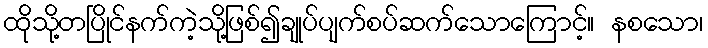
ထိုသို့တပြိုင်နက်ကဲ့သို့ဖြစ်၍ချုပ်ပျက်စပ်ဆက်သောကြောင့်။ နစသော၊